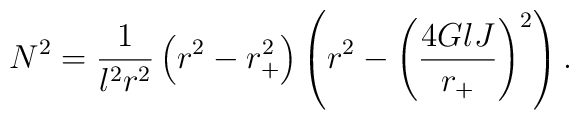
N^{2}=\frac{1}{l^{2}r^{2}} \left(r^{2}-r_{+}^{2} \right)\left(r^{2}-\left(\frac{4 G l J}{r_{+}} \right)^{2}\right).